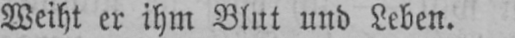
Weiht er ihm Blut und Leben.